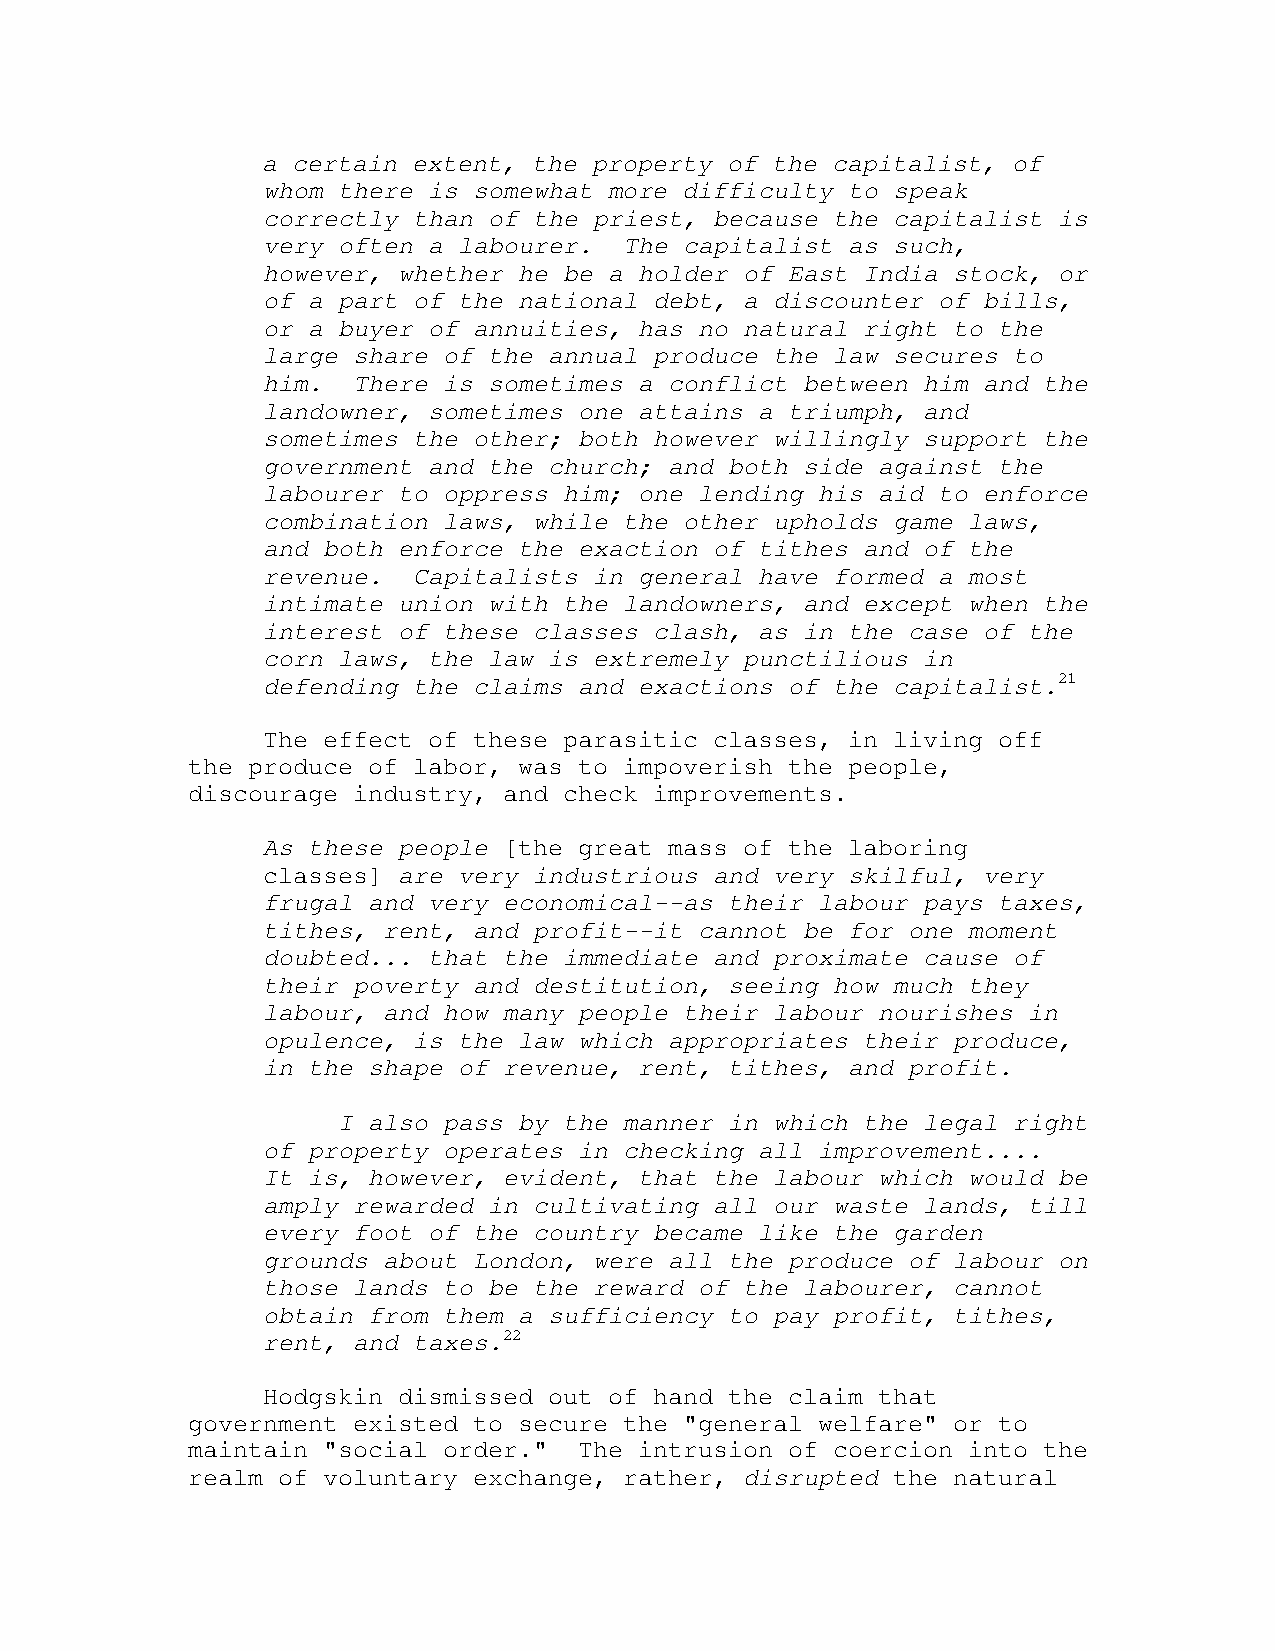
a certain extent, the property of the capitalist, of
 whom there is somewhat more difficulty to speak
 correctly than of the priest, because the capitalist is
 very often a labourer.  The capitalist as such,
 however, whether he be a holder of East India stock, or
 of a part of the national debt, a discounter of bills,
 or a buyer of annuities, has no natural right to the
 large share of the annual produce the law secures to
 him.  There is sometimes a conflict between him and the
 landowner, sometimes one attains a triumph, and
 sometimes the other; both however willingly support the
 government and the church; and both side against the
 labourer to oppress him; one lending his aid to enforce
 combination laws, while the other upholds game laws,
 and both enforce the exaction of tithes and of the
 revenue.  Capitalists in general have formed a most
 intimate union with the landowners, and except when the
 interest of these classes clash, as in the case of the
 corn laws, the law is extremely punctilious in
 defending the claims and exactions of the capitalist.21
 The effect of these parasitic classes, in living off
 the produce of labor, was to impoverish the people,
 discourage industry, and check improvements.
 As these people [the great mass of the laboring
 classes] are very industrious and very skilful, very
 frugal and very economical--as their labour pays taxes,
 tithes, rent, and profit--it cannot be for one moment
 doubted... that the immediate and proximate cause of
 their poverty and destitution, seeing how much they
 labour, and how many people their labour nourishes in
 opulence, is the law which appropriates their produce,
 in the shape of revenue, rent, tithes, and profit.
 I also pass by the manner in which the legal right
 of property operates in checking all improvement....
 It is, however, evident, that the labour which would be
 amply rewarded in cultivating all our waste lands, till
 every foot of the country became like the garden
 grounds about London, were all the produce of labour on
 those lands to be the reward of the labourer, cannot
 obtain from them a sufficiency to pay profit, tithes,
 rent, and taxes.22
 Hodgskin dismissed out of hand the claim that
 government existed to secure the "general welfare" or to
 maintain "social order."  The intrusion of coercion into the
 realm of voluntary exchange, rather, disrupted the natural